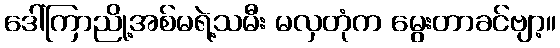
ဒေါ်ကြာညို့အစ်မရဲ့သမီး မလှတုံက မွေးတာခင်ဗျာ့။